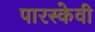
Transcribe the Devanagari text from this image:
पारस्केवी